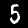
Label: 5